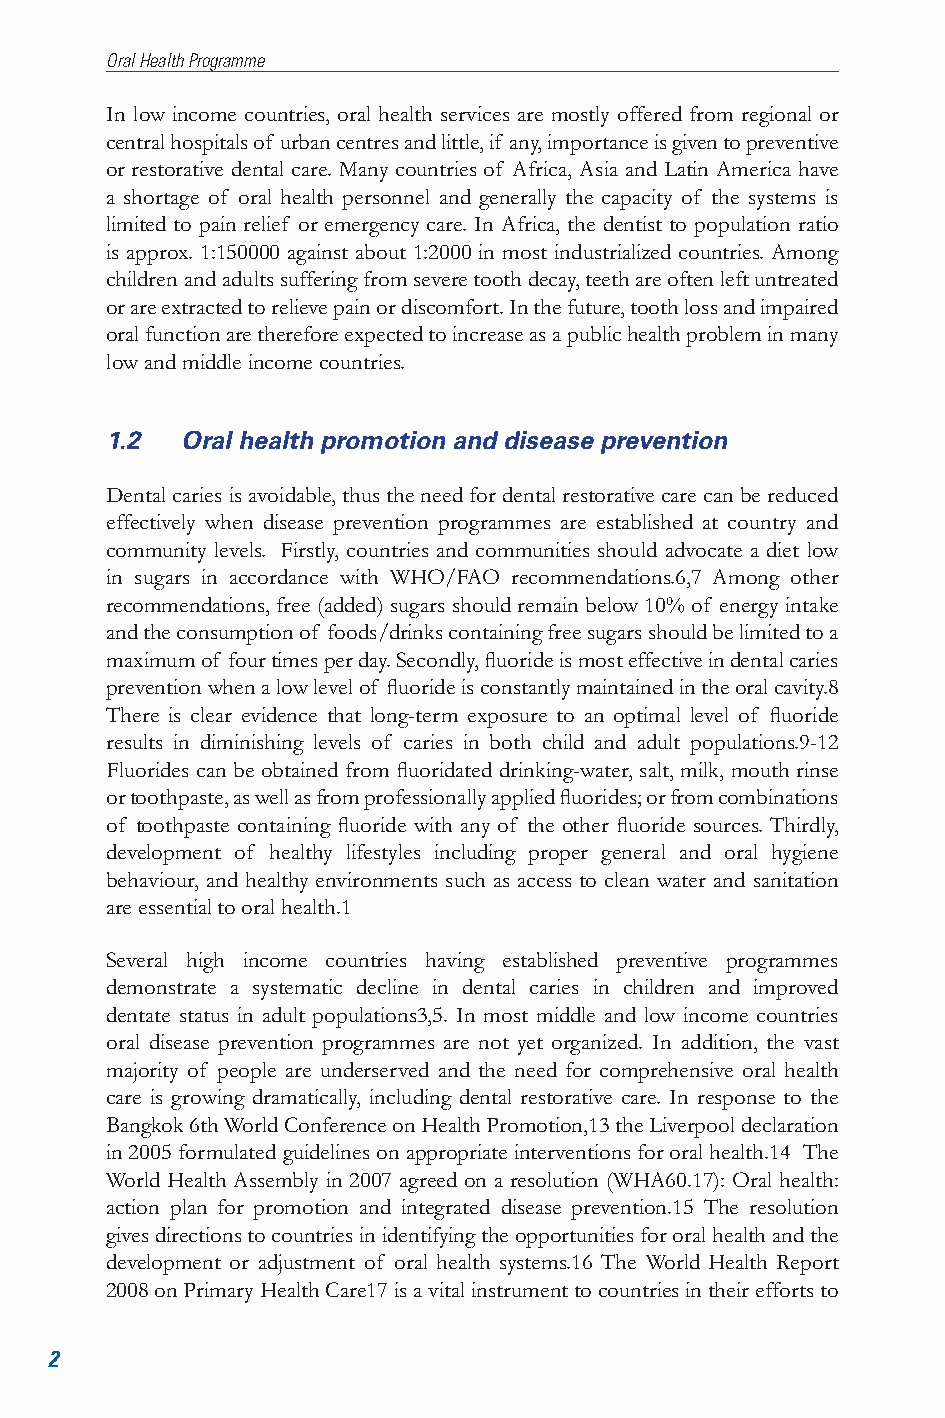
Oral Health Programme
 In low income countries, oral health services are mostly offered from regional or
 central hospitals of urban centres and little, if any, importance is given to preventive
 or restorative dental care. Many countries of Africa, Asia and Latin America have
 a shortage of oral health personnel and generally the capacity of the systems is
 limited to pain relief or emergency care. In Africa, the dentist to population ratio
 is approx. 1:150000 against about 1:2000 in most industrialized countries. Among
 children and adults suffering from severe tooth decay, teeth are often left untreated
 or are extracted to relieve pain or discomfort. In the future, tooth loss and impaired
 oral function are therefore expected to increase as a public health problem in many
 low and middle income countries.
 1.2  Oral health promotion and disease prevention
 Dental caries is avoidable, thus the need for dental restorative care can be reduced
 effectively when disease prevention programmes are established at country and
 community levels. Firstly, countries and communities should advocate a diet low
 in sugars in accordance with WHO/FAO recommendations.6,7 Among other
 recommendations, free (added) sugars should remain below 10% of energy intake
 and the consumption of foods/drinks containing free sugars should be limited to a
 maximum of four times per day. Secondly, fluoride is most effective in dental caries
 prevention when a low level of fluoride is constantly maintained in the oral cavity.8
 There is clear evidence that long-term exposure to an optimal level of fluoride
 results in diminishing levels of caries in both child and adult populations.9-12
 Fluorides can be obtained from fluoridated drinking-water, salt, milk, mouth rinse
 or toothpaste, as well as from professionally applied fluorides; or from combinations
 of toothpaste containing fluoride with any of the other fluoride sources. Thirdly,
 development of healthy lifestyles including proper general and oral hygiene
 behaviour, and healthy environments such as access to clean water and sanitation
 are essential to oral health.1
 Several high income countries having established preventive programmes
 demonstrate a systematic decline in dental caries in children and improved
 dentate status in adult populations3,5. In most middle and low income countries
 oral disease prevention programmes are not yet organized. In addition, the vast
 majority of people are underserved and the need for comprehensive oral health
 care is growing dramatically, including dental restorative care. In response to the
 Bangkok 6th World Conference on Health Promotion,13 the Liverpool declaration
 in 2005 formulated guidelines on appropriate interventions for oral health.14 The
 World Health Assembly in 2007 agreed on a resolution (WHA60.17): Oral health:
 action plan for promotion and integrated disease prevention.15 The resolution
 gives directions to countries in identifying the opportunities for oral health and the
 development or adjustment of oral health systems.16 The World Health Report
 2008 on Primary Health Care17 is a vital instrument to countries in their efforts to
 2